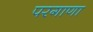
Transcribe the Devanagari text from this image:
परगाणा